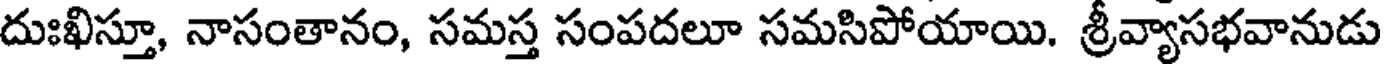
దుఃఖిస్తూ, నాసంతానం, సమస్త సంపదలూ సమసిపోయాయి. శ్రీవ్యాసభవానుడు